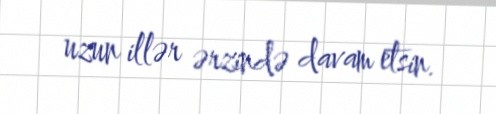
uzun illər ərzində davam etsin.